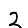
Digit: 2